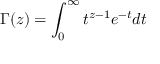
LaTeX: \Gamma ( z ) = \int _ { 0 } ^ { \infty } t ^ { z - 1 } e ^ { - t } d t